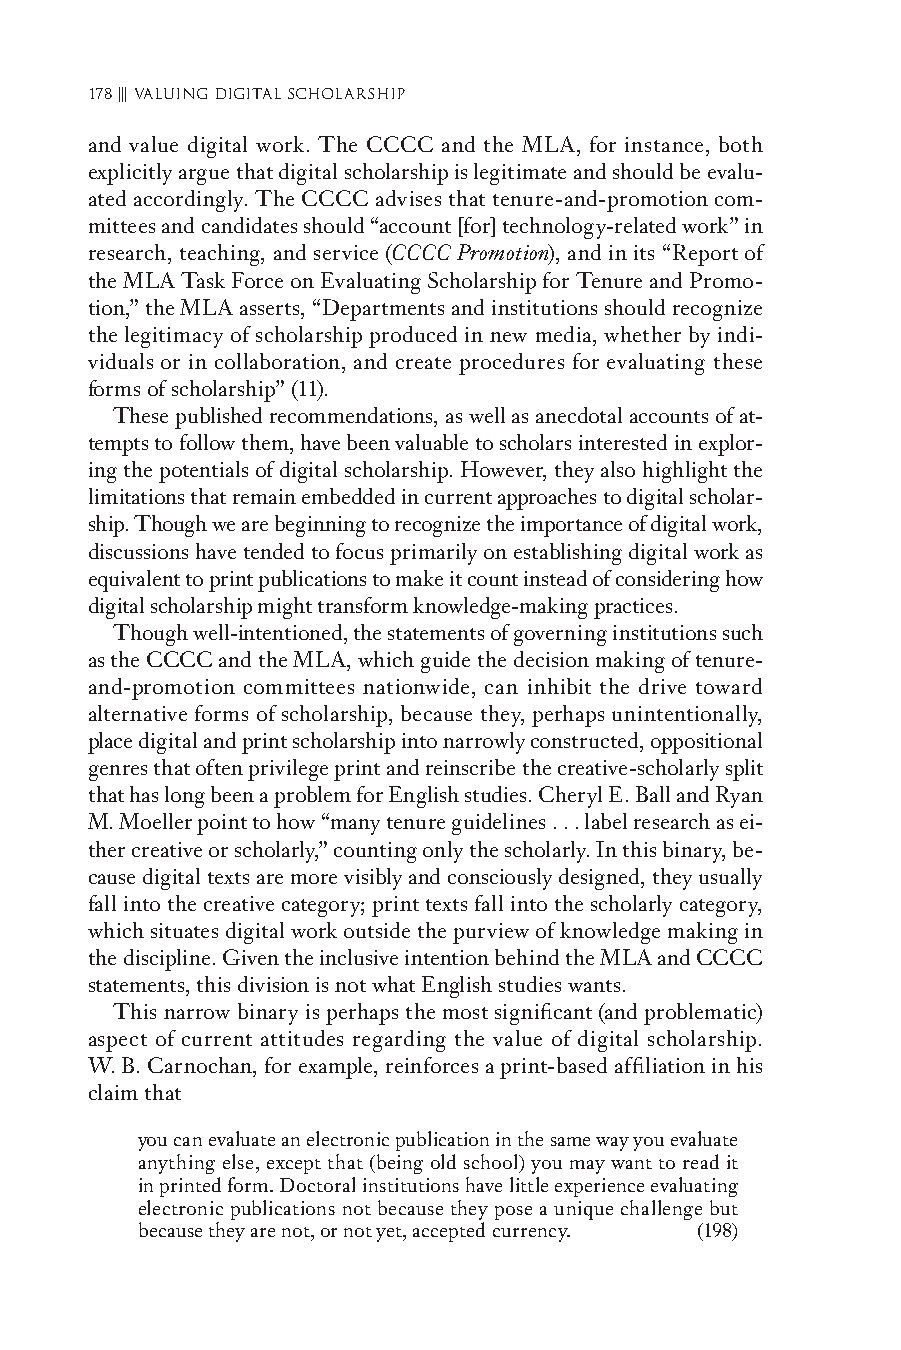
178 ||| Valuing digital scholarshiP
 and value digital work. The CCCC and the MLA, for instance, both
 explicitly argue that digital scholarship is legitimate and should be evalu-
 ated accordingly. The CCCC advises that tenure- and- promotion com-
 mittees and candidates should “account [for] technology- related work” in
 research, teaching, and service (CCCC Promotion), and in its “Report of
 the MLA Task Force on Evaluating Scholarship for Tenure and Promo-
 tion,” the MLA asserts, “Departments and institutions should recognize
 the legitimacy of scholarship produced in new media, whether by indi-
 viduals or in collaboration, and create procedures for evaluating these
 forms of scholarship” (11).
 These published recommendations, as well as anecdotal accounts of at-
 tempts to follow them, have been valuable to scholars interested in explor-
 ing the potentials of digital scholarship. However, they also highlight the
 limitations that remain embedded in current approaches to digital scholar-
 ship. Though we are beginning to recognize the importance of digital work,
 discussions have tended to focus primarily on establishing digital work as
 equivalent to print publications to make it count instead of considering how
 digital scholarship might transform knowledge- making practices.
 Though well-i ntentioned, the statements of governing institutions such
 as the CCCC and the MLA, which guide the decision making of tenure-
 and- promotion committees nationwide, can inhibit the drive toward
 alternative forms of scholarship, because they, perhaps unintentionally,
 place digital and print scholarship into narrowly constructed, oppositional
 genres that often privilege print and reinscribe the creative- scholarly split
 that has long been a problem for En glish studies. Cheryl E. Ball and Ryan
 M. Moeller point to how “many tenure guidelines . . . label research as ei-
 ther creative or scholarly,” counting only the scholarly. In this binary, be-
 cause digital texts are more visibly and consciously designed, they usually
 fall into the creative category; print texts fall into the scholarly category,
 which situates digital work outside the purview of knowledge making in
 the discipline. Given the inclusive intention behind the MLA and CCCC
 statements, this division is not what En glish studies wants.
 This narrow binary is perhaps the most significant (and problematic)
 aspect of current attitudes regarding the value of digital scholarship.
 W. B. Carnochan, for example, reinforces a print- based affiliation in his
 claim that
 you can evaluate an electronic publication in the same way you evaluate
 anything else, except that (being old school) you may want to read it
 in printed form. Doctoral institutions have little experience evaluating
 electronic publications not because they pose a unique challenge but
 because they are not, or not yet, accepted currency. (198)